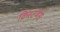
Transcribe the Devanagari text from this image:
क्रिस्टमस